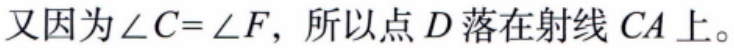
又因为\(\angle C = \angle F\)，所以点\(D\)落在射线\(CA\)上。